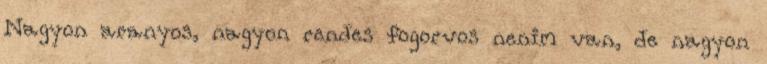
Nagyon aranyos, nagyon rendes fogorvos nenim van, de nagyon